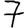
Digit: 7